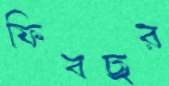
ফিবছর